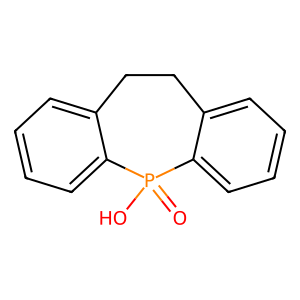
SMILES: O=P1(O)c2ccccc2CCc2ccccc21
Inhibits HIV replication: No